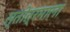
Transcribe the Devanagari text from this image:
स्तोत्रमाला